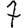
Digit: 7